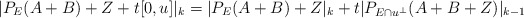
\begin{align*}|P_E(A+B)+Z+t[0,u]|_{k}=|P_E(A+B)+Z|_k+t|P_{E\cap u^\bot}(A+B+Z)|_{k-1}\end{align*}